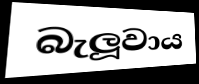
බැලූවාය